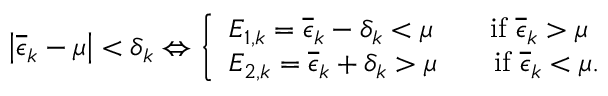
\left| \overline { { \epsilon } } _ { k } - \mu \right| < \delta _ { k } \Leftrightarrow \left\{ \begin{array} { l l } { E _ { 1 , k } = \overline { { \epsilon } } _ { k } - \delta _ { k } < \mu \qquad \mathrm { i f ~ } \overline { { \epsilon } } _ { k } > \mu } \\ { E _ { 2 , k } = \overline { { \epsilon } } _ { k } + \delta _ { k } > \mu \qquad \mathrm { i f ~ } \overline { { \epsilon } } _ { k } < \mu . } \end{array} \right.